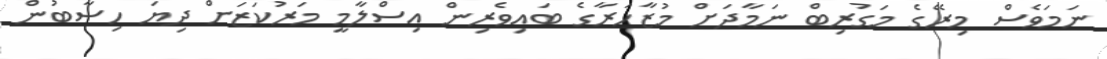
ނަމަވެސް މިރޭގެ މަގުރިބް ނަމާދަށް މުޒާހަރާގެ ބައިވެެރިން އިސްލާމީ މަރުކަޒަށް ދިޔަ ހިސާބުން